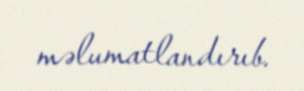
məlumatlandırıb.